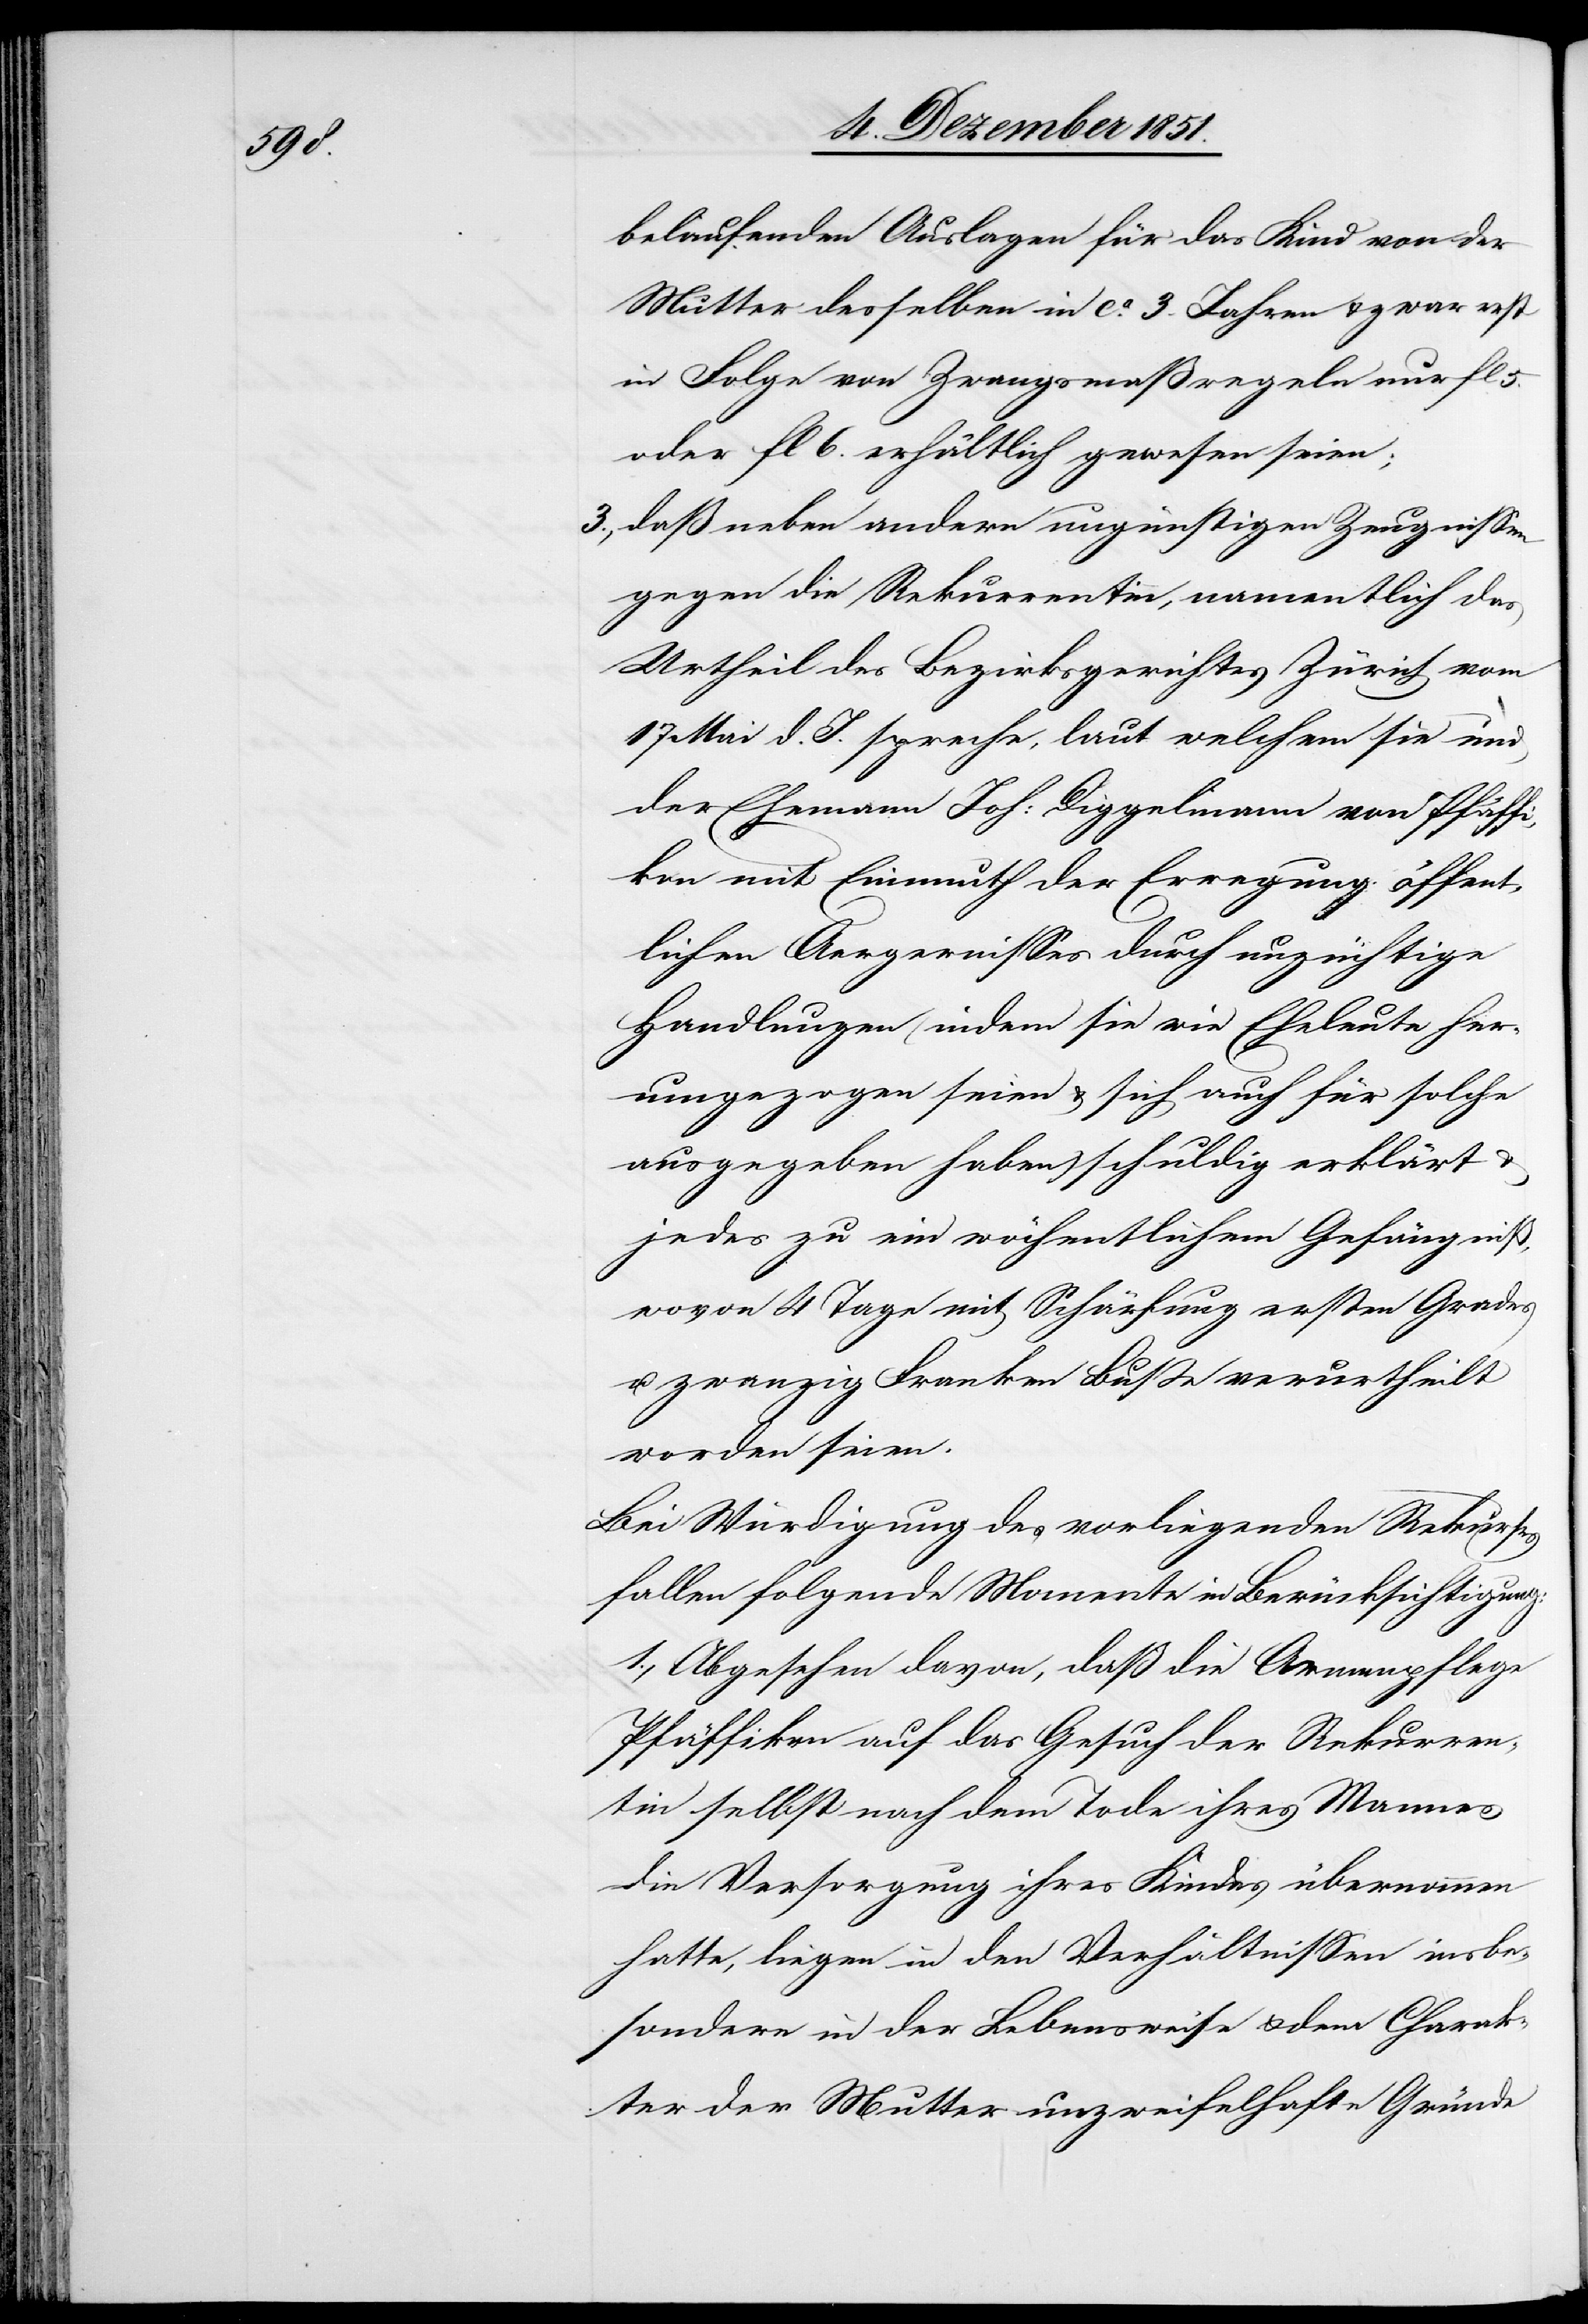
belaufenden Auslagen für das Kind von der
Mutter desselben in ca. 3. Jahren & zwar erst
in Folge von Zwangsmaßregeln nur fl 5.
oder fl 6. erhältlich gewesen seien;
daß neben andern ungünstigen Zeugnissen
gegen die Rekurrentinn, namentlich das
Urtheil des Bezirksgerichtes Zürich vom
17 Mai d. J. spreche, laut welchem sie und
der Ehemann Joh: Diggelmann von Pfäffi¬
kon mit Einmuth der Erregung öffent¬
lichen Aergernisses durch unzüchtige
Handlungen (indem sie wie Eheleute her¬
umgezogen seien & sich auch für solche
ausgegeben haben) schuldig erklärt
jedes zu ein wöchentlichem Gefängniß,
wovon 4 Tage mit Schärfung ersten Grades
u. zwanzig Franken Buße verurtheilt
worden seien.
Bei Würdigung des vorliegenden Rekurses
fallen folgende Momente in Berücksichtigung:
1., Abgesehen davon, daß die Armenpflege
Pfäffikon auf das Gesuch der Rekurren¬
tin selbst nach dem Tode ihres Mannes
die Versorgung ihres Kindes übernommen
hatte, liegen in den Verhältnissen insbe¬
sondere in der Lebensweise & dem Charak¬
ter der Mutter unzweifelhafte Gründe